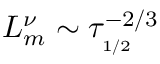
L _ { m } ^ { \nu } \sim \tau _ { _ { 1 / 2 } } ^ { - 2 / 3 }